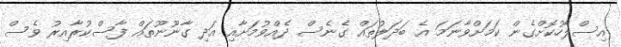
އިސްލާހުކޮށްގެން ކަމަށްވާނަމަ އެ ބަދަލުތައް ގެނެސް ދެއްވުމަށާއި އަދި ގާނޫނޫތައް ފާސްކުރާއިރު ވެސް